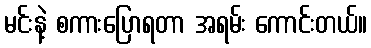
မင်းနဲ့ စကားပြောရတာ အရမ်း ကောင်းတယ်။